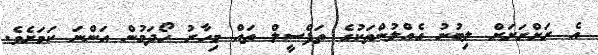
އެ ރަށްރަށަށް ލިބުނު ގެއްލުންތަކުގެ ތަފްސީލް ތައް މިހާރު ހޯދަމުން އަންނަ ކަމަށެވެ.